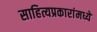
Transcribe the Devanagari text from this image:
साहित्यप्रकारांमध्ये